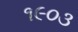
૧૯૦૩